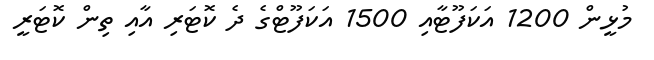
މުޅީން 1200 އަކަފޫޓާއި 1500 އަކަފޫޓްގެ ދެ ކޮޓަރި އާއި ތިން ކޮޓަރީ